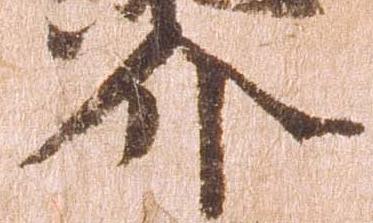
介